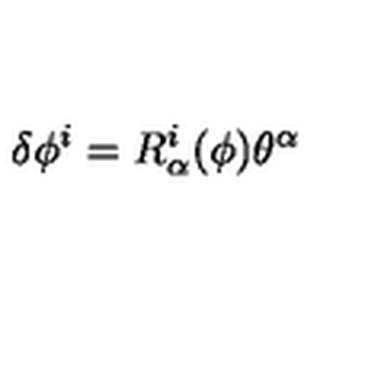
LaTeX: \delta \phi ^ { i } = R _ { \alpha } ^ { i } ( \phi ) \theta ^ { \alpha }